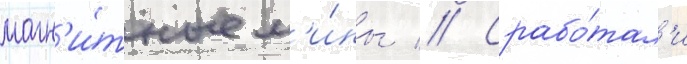
магн'и́тные м'и́ны // Срабо́тал'и